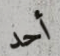
أحد